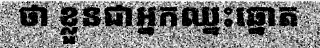
ថា ខ្លួនជាអ្នកឈ្នះឆ្នោត